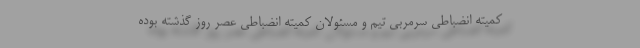
کمیته انضباطی سرمربی تیم و مسئولان کمیته انضباطی عصر روز گذشته بوده